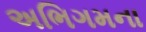
અભિગમના